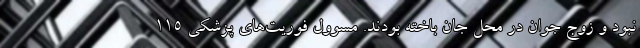
نبود و زوج جوان در محل جان باخته بودند. مسوول فوریت‌های پزشکی ۱۱۵